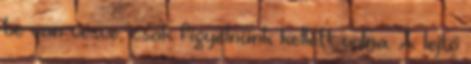
be van vésve, csak figyelnünk kellett volna. A lejtő